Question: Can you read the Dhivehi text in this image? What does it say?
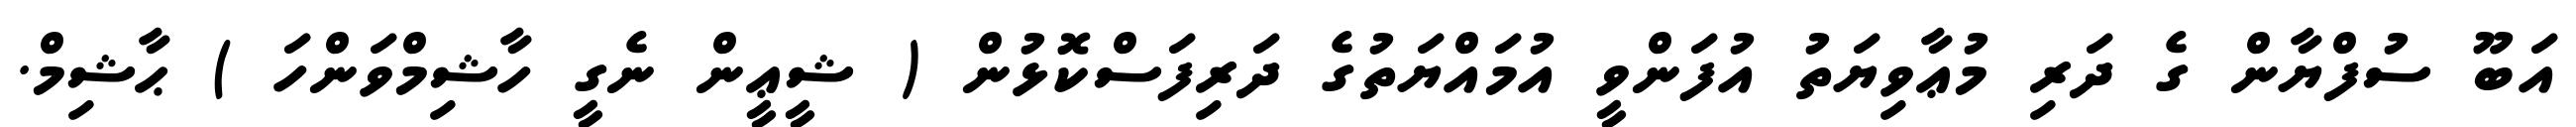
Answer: އަބޫ ސުފްޔާން ގެ ދަރި މުޢާވިޔަތު އުފަންވީ އުމައްޔަތުގެ ދަރިފަސްކޮޅުން ( ޝީޢީން ނެގީ ހާޝިމްވަންހަ ) ޙާޝިމް.